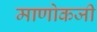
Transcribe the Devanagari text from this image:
माणोकजी